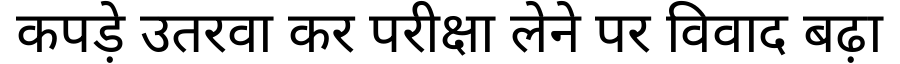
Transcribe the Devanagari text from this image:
कपड़े उतरवा कर परीक्षा लेने पर विवाद बढ़ा